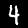
Label: 4